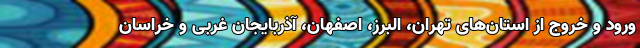
ورود و خروج از استان‌های تهران، البرز، اصفهان، آذربایجان غربی و خراسان